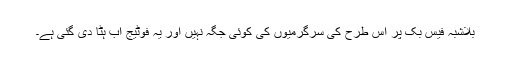
بلاشبہ فیس بک پر اس طرح کی سرگرمیوں کی کوئی جگہ نہیں اور یہ فوٹیج اب ہٹا دی گئی ہے۔